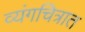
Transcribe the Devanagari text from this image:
व्यंगचित्रात